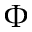
\Phi